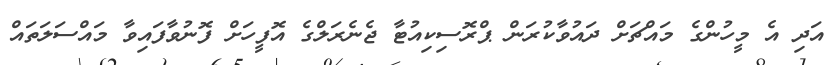
އަދި އެ މީހުންގެ މައްޗަށް ދައުވާކުރަން ޕްރޮސިކިއުޓާ ޖެނެރަލްގެ އޮފީހަށް ފޮނުވާފައިވާ މައްސަލަތައް